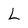
Character: L